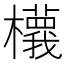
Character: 𣟝